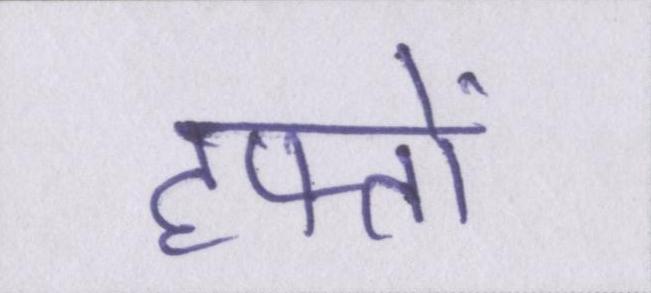
हफ्तों